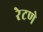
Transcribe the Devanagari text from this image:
रेटणे